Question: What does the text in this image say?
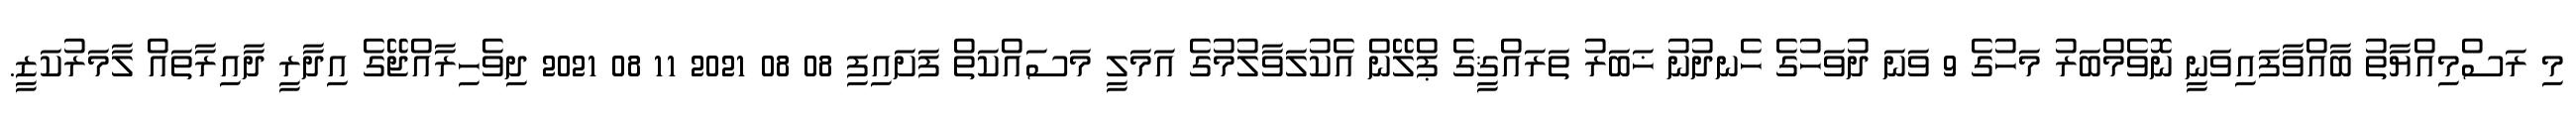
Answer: މި ރަސްމިއްޔާތު ބާއްވާފައިވަނީ ނޮވެމްބަރު މަހުގެ 9 ވަނަ ދުވަހުގެ ހެނދުނު ޚަބަރު ތަރައްޤީގެ ޕްލޭން އެކުލަވާލުމުގެ އަމަލީ މަސައްކަތް ފަށައިފި 08 08 2021 11 08 2021 ދިވެހިރާއްޖޭގެ އިދާރީ ދާއިރާތައް ލާމަރުކަޒީ.